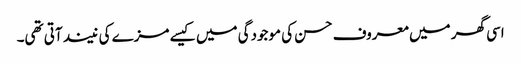
اسی گھر میں معروف حسن کی موجودگی میں کیسے مزے کی نیند آتی تھی۔